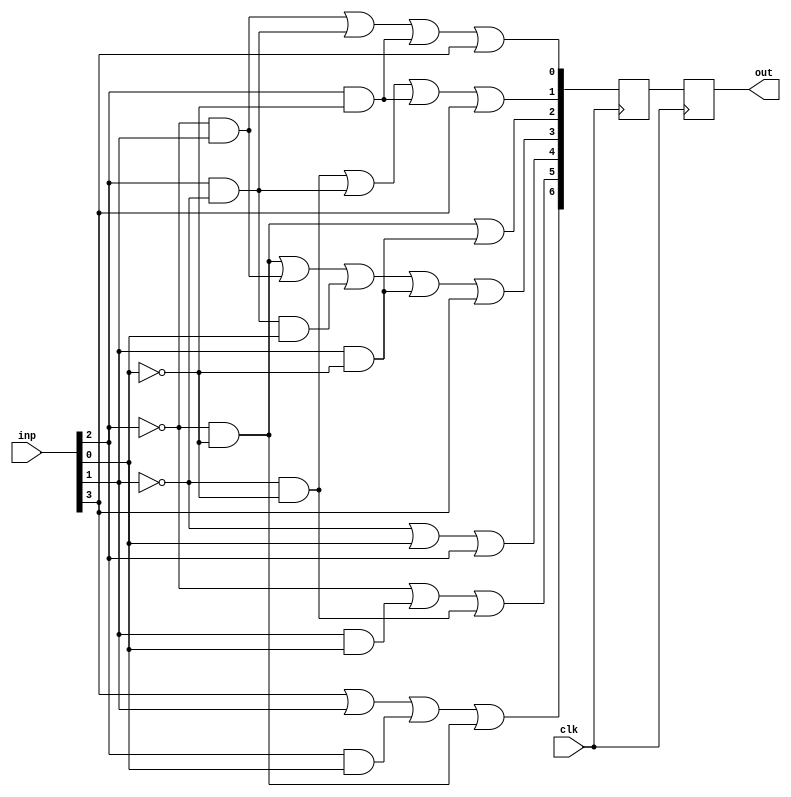
module bcd_7_segment(
	input wire clk,
	input wire [3:0] inp,
	output wire [6:0] out
);

wire a, b, c, d;
assign {a, b, c, d} = inp;
reg [6:0] temp_out;
reg [6:0] temp2_out;

initial
begin
	temp_out = 0;
end

always @(posedge clk)
begin
	temp2_out <= temp_out;

	temp_out[6] <= (a | c | (b&d) | (~b&~d));
	temp_out[5] <= (~b | (c&d) | (~c&~d));
	temp_out[4] <= (~c | d | b);
	temp_out[3] <= ((~b&~d) | (~b&c) | (b&~c&d) | (c&~d) | a);
	temp_out[2] <= ((~b&~d) | (c&~d));
	temp_out[1] <= ((~c&~d) | (b&~c) | (b&~d) | a);
	temp_out[0] <= ((~b&c) | (b&~c) | (b&~d) | a);
end

assign out = temp2_out;

endmodule